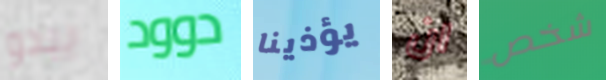
يبدو دوود يؤذينا ان شخص